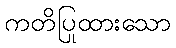
ကတိပြုထားသော